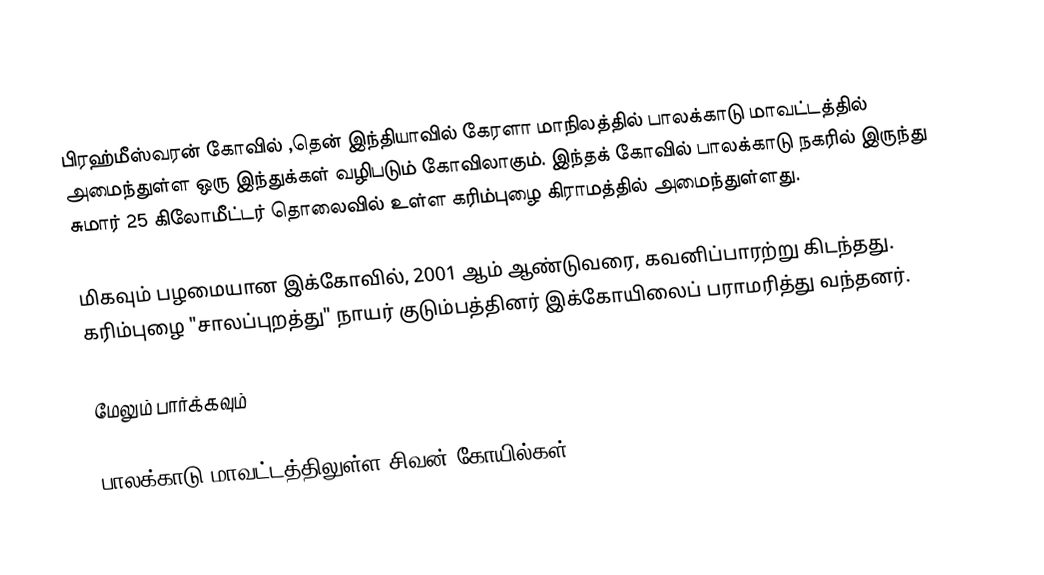
பிரஹ்மீஸ்வரன் கோவில் ,தென் இந்தியாவில் கேரளா மாநிலத்தில் பாலக்காடு மாவட்டத்தில் அமைந்துள்ள ஒரு இந்துக்கள் வழிபடும் கோவிலாகும். இந்தக் கோவில் பாலக்காடு நகரில் இருந்து சுமார் 25 கிலோமீட்டர் தொலைவில் உள்ள கரிம்புழை கிராமத்தில் அமைந்துள்ளது.

மிகவும் பழமையான இக்கோவில், 2001 ஆம் ஆண்டுவரை, கவனிப்பாரற்று கிடந்தது. கரிம்புழை "சாலப்புறத்து" நாயர் குடும்பத்தினர் இக்கோயிலைப் பராமரித்து வந்தனர்.

மேலும் பார்க்கவும்

பாலக்காடு மாவட்டத்திலுள்ள சிவன் கோயில்கள்